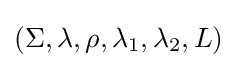
(\Sigma ,\lambda ,\rho ,\lambda _{1},\lambda _{2},L)